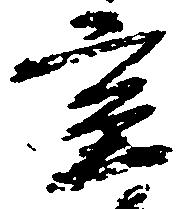
室